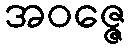
အဝဇ္ဇေ